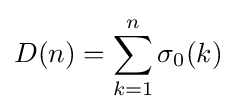
D(n)=\sum _{k=1}^{n}\sigma _{0}(k)